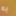
به